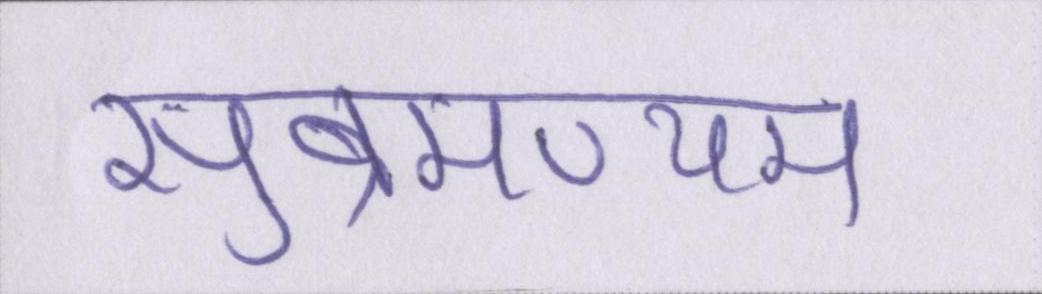
सुब्रमण्यम